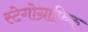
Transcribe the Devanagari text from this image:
स्टेगोग्राफिक